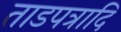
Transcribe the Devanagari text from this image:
ताडपत्रादि